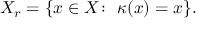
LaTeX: X _ { r } = \{ x \in X \colon \; \kappa ( x ) = x \} .